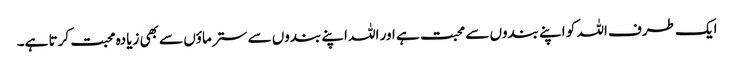
ایک طرف اللہ کو اپنے بندوں سے محبت ہے اور اللہ اپنے بندوں سے ستر ماؤں سے بھی زیادہ محبت کرتا ہے۔